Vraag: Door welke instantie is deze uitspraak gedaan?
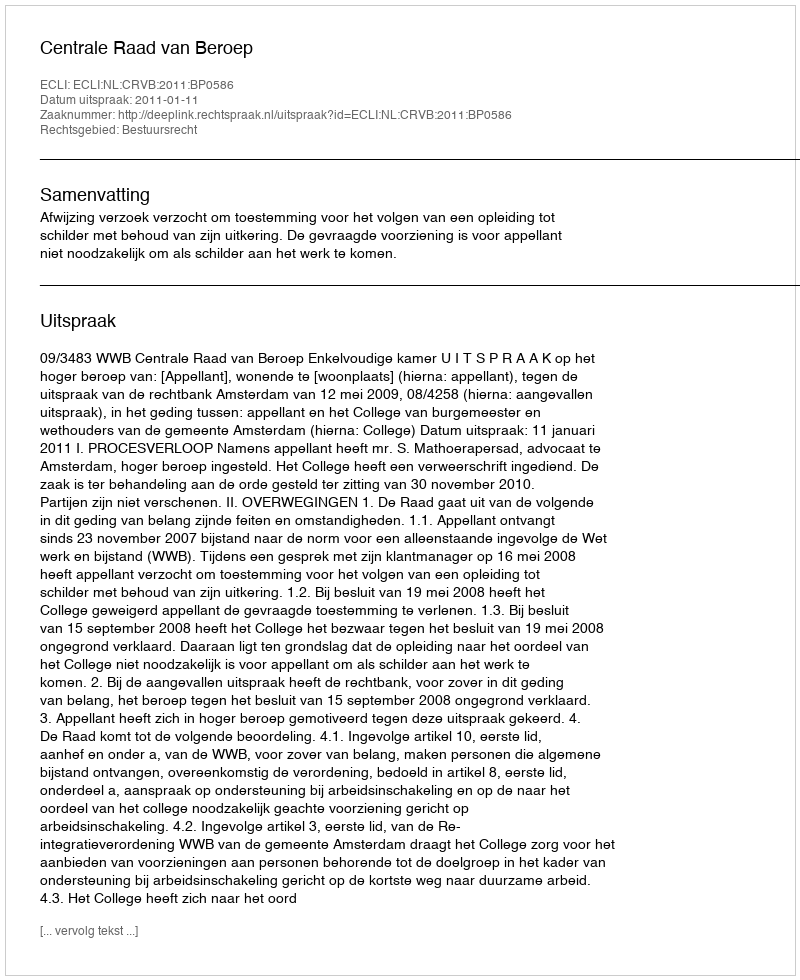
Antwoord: Centrale Raad van Beroep